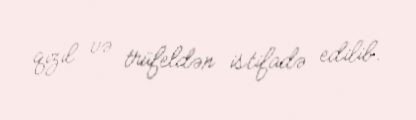
qızıl və trüfeldən istifadə edilib.